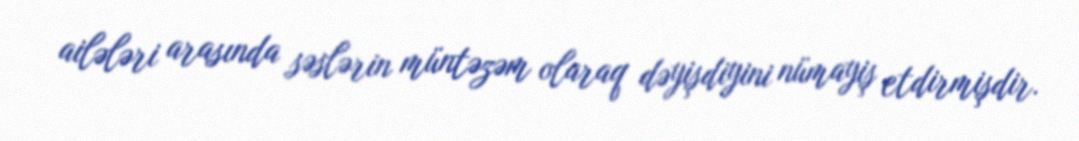
ailələri arasında səslərin müntəzəm olaraq dəyişdiyini nümayiş etdirmişdir.